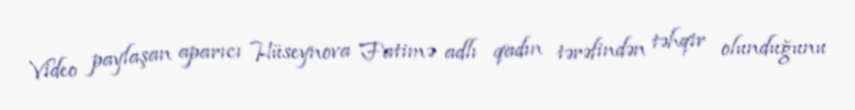
Video paylaşan aparıcı Hüseynova Fatimə adlı qadın tərəfindən təhqir olunduğunu